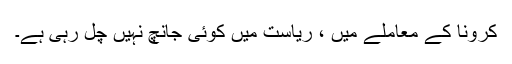
کرونا کے معاملے میں ، ریاست میں کوئی جانچ نہیں چل رہی ہے۔